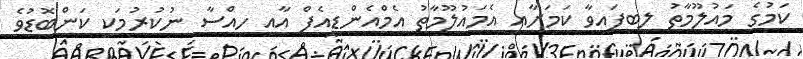
ކަމުގެ މައުލޫމާތު ލިބިފައިވާ ކަމަށާއި އެމައުލޫމާތު އެމްއެންޑީއެފް އާއި ހިއްސާ ނުކުރުމަކީ ކަންބޮޑުވެ